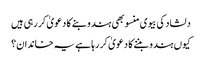
دلشاد کی بیوی منسو بھی ہندو بنے کا دعویٰ کر رہی ہیں
کیوں ہندو بننے کا دعویٰ کر رہا ہے یہ خاندان؟